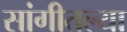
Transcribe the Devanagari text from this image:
सांगीतल्या